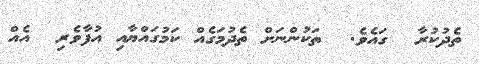
ތެދުކުރާ  ގައެވެ.  ތަކުންނަށް ތެދުމަގެއް ކަމުގައްޔާއި އުފާވެރި  އެއް